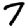
Digit: 7